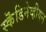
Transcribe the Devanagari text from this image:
स्कॆंडिनेव्हीयन